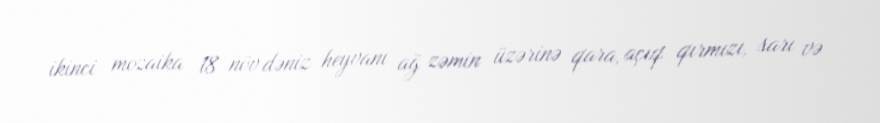
ikinci mozaika 18 növ dəniz heyvanı ağ zəmin üzərinə qara, açıq qırmızı, sarı və